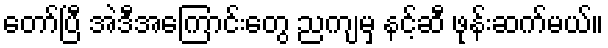
တော်ပြီ အဲဒီအကြောင်းတွေ ညကျမှ နင့်ဆီ ဖုန်းဆက်မယ်။